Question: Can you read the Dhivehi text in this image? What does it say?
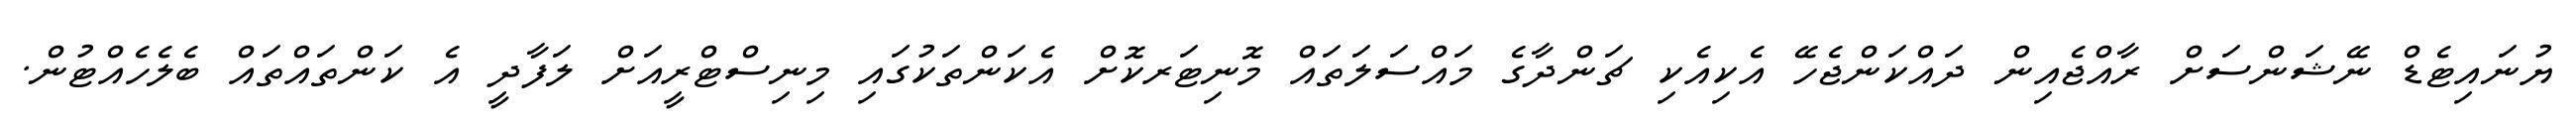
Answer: ޔުނައިޓެޑް ނޭޝަންސަށް ރާއްޖެއިން ދައްކަންޖެހޭ އެކިއެކި ޗަންދާގެ މައްސަލަތައް މޮނިޓަރކޮށް އެކަންތަކުގައި މިނިސްޓްރީއަށް ލަފާދީ އެ ކަންތައްތައް ބެލެހެއްޓުން.